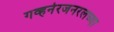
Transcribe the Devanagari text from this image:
गव्हर्नरजनरलच्या